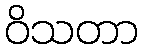
ဝိသတာ